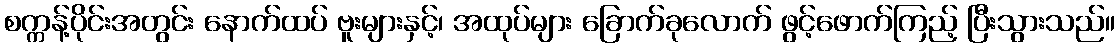
စက္ကန့်ပိုင်းအတွင်း နောက်ထပ် ဗူးများနှင့်၊ အထုပ်များ ခြောက်ခုလောက် ဖွင့်ဖောက်ကြည့် ပြီးသွားသည်။